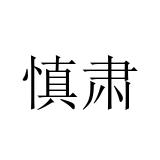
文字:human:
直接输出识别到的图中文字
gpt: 慎肃